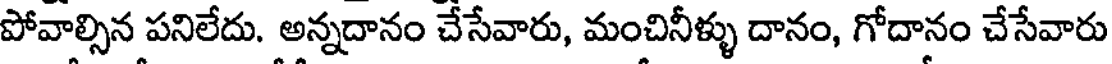
పోవాల్సిన పనిలేదు. అన్నదానం చేసేవారు, మంచినీళ్ళు దానం, గోదానం చేసేవారు